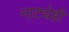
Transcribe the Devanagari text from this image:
नाट्येही